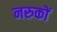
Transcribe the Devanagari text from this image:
नरुकों